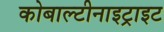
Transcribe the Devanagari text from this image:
कोबाल्टीनाइट्राइट